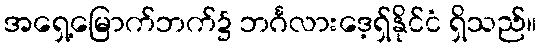
အရှေ့မြောက်ဘက်၌ ဘင်္ဂလားဒေ့ရှ်နိုင်ငံ ရှိသည်။